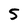
Character: 5